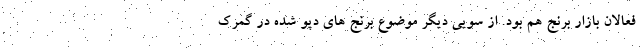
فعالان بازار برنج هم بود. از سویی دیگر موضوع برنج های دپو شده در گمرک